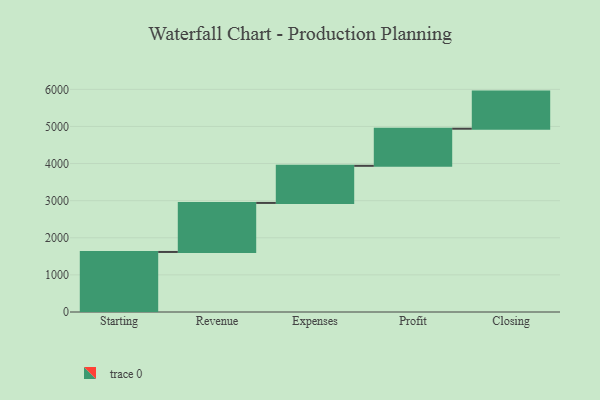
{"axis": {"x": "Step", "y": "Value"}, "legend": [""], "data": [{"x": "Starting", "y": 1618.0, "type": ""}, {"x": "Revenue", "y": 1321.0, "type": ""}, {"x": "Expenses", "y": 1000, "type": ""}, {"x": "Profit", "y": 1000, "type": ""}, {"x": "Closing", "y": 1000, "type": ""}]}